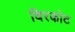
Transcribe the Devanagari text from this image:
विरकोट